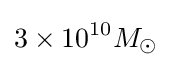
3\times 10^{10}M_{\odot }